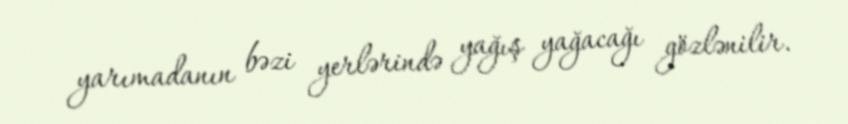
yarımadanın bəzi yerlərində yağış yağacağı gözlənilir.